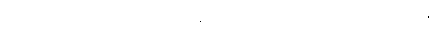
မတတ်သာသည့်အဆုံး မခင်ဘုန်း ထန်းပင်ပေါ် တက်ပြေး သွားလေ၏။